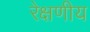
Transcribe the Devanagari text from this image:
रेक्षणीय